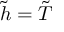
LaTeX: { \tilde { h } } = { \tilde { T } }